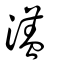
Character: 濭